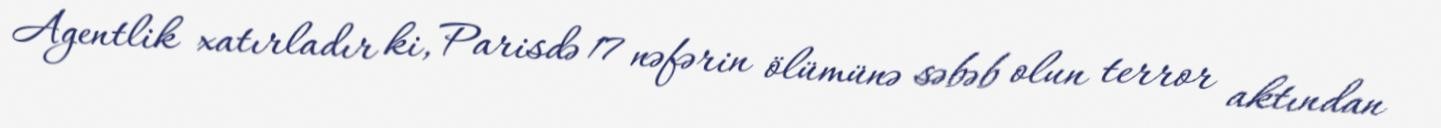
Agentlik xatırladır ki, Parisdə 17 nəfərin ölümünə səbəb olun terror aktından